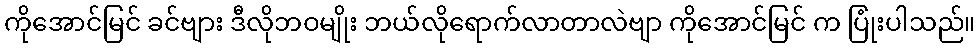
ကိုအောင်မြင် ခင်ဗျား ဒီလိုဘဝမျိုး ဘယ်လိုရောက်လာတာလဲဗျာ ကိုအောင်မြင် က ပြုံးပါသည်။